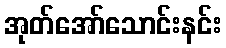
အုတ်အော်သောင်းနင်း